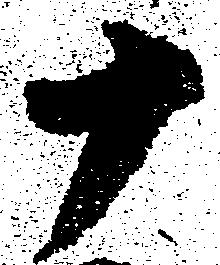
十